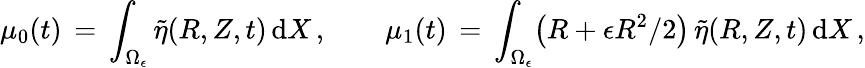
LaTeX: \mu_{0}(t)\, =\, \int_{\Omega_{\epsilon}}\tilde{\eta}(R,Z,t)\, \mathrm{d}X\, ,\qquad\mu_{1}(t)\, =\, \int_{\Omega_{\epsilon}}\bigl(R+\epsilon R^{2}/2\bigr)\, \tilde{\eta}(R,Z,t)\, \mathrm{d}X\, ,